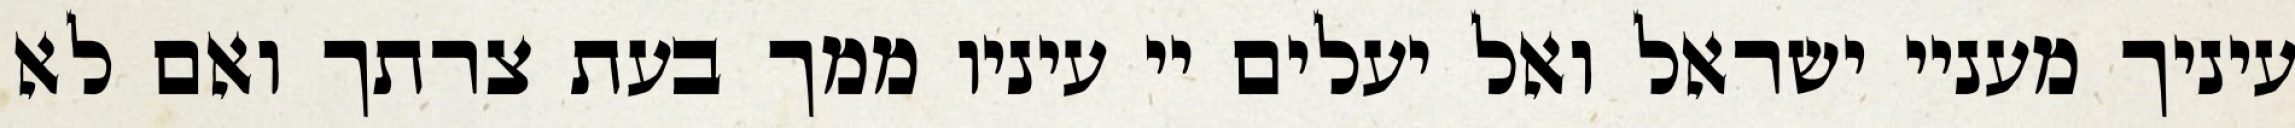
עיניך מעניי ישראל ואל יעלים יי עיניו ממך בעת צרתך ואם לא